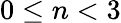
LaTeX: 0\le n<3